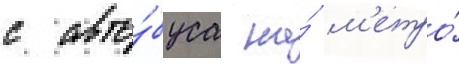
с авто́буса на́ м'етро́